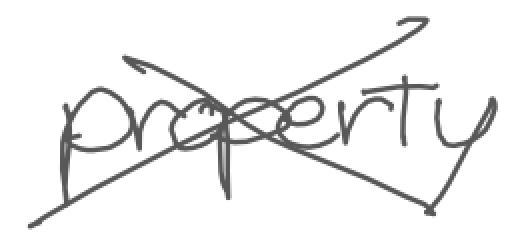
Text: property
Cross-out: cross
Writing tool: digital_gray